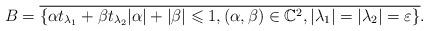
LaTeX: \begin{align*}B=\overline{\{\alpha t_{\lambda_1}+\beta t_{\lambda_2} \vert\alpha\vert+\vert\beta\vert\leqslant 1,(\alpha,\beta)\in \mathbb{C}^2, \vert\lambda_1\vert=\vert\lambda_2\vert=\varepsilon \}}.\end{align*}